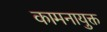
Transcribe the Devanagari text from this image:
कामनायुक्त